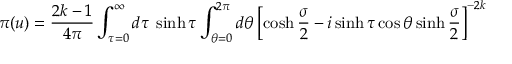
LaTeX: \pi ( u ) = \frac { 2 k - 1 } { 4 \pi } \int _ { \tau = 0 } ^ { \infty } d \tau \; \sinh \tau \int _ { \theta = 0 } ^ { 2 \pi } d \theta \left[ \cosh \frac { \sigma } { 2 } - i \sinh \tau \cos \theta \sinh \frac { \sigma } { 2 } \right] ^ { - 2 k }